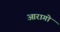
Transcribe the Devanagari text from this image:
आरागो